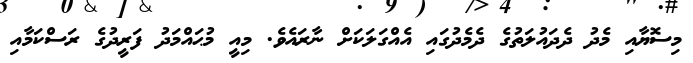
މިސޮޔާއި މެދު ދެދައުލަތުގެ ދެމެދުގައި އެއްގަލަކަށް ނާރައެވެ. މިއީ މުޙައްމަދު ފަރީދުގެ ރަސްކަމާއި